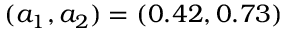
( a _ { 1 } , a _ { 2 } ) = ( 0 . 4 2 , 0 . 7 3 )